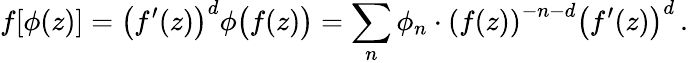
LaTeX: f[\phi(z)]=\left(f^{\prime}(z)\right)^{d}\phi\bigl(f(z)\bigr)=\sum_{n}\phi_{n}\cdot\left(f(z)\right)^{-n-d}\left(f^{\prime}(z)\right)^{d}\, .